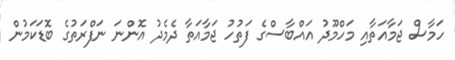
ހަމާސް ޖަމާއަތާއި މަހްމޫދު އައްބާސްގެ ފަތުހު ޖަމާއަތާ ދެމެދު އޮންނަ ނަފްރަތުގެ ބޮޑަކަމުން